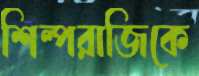
শিল্পরাজিকে